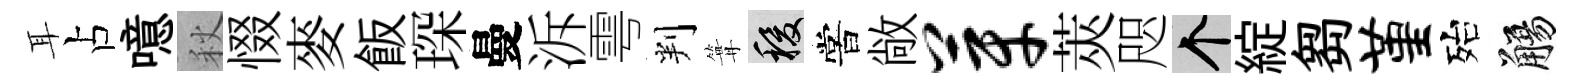
耳占噫秋惙麥飯琛曼泝雩判篝稷嘗敞芽莢咫个綻芻堇殆觴